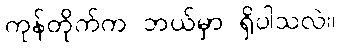
ကုန်တိုက်က ဘယ်မှာ ရှိပါသလဲ။